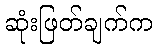
ဆုံးဖြတ်ချက်က